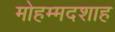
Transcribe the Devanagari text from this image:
मोहम्मदशाह